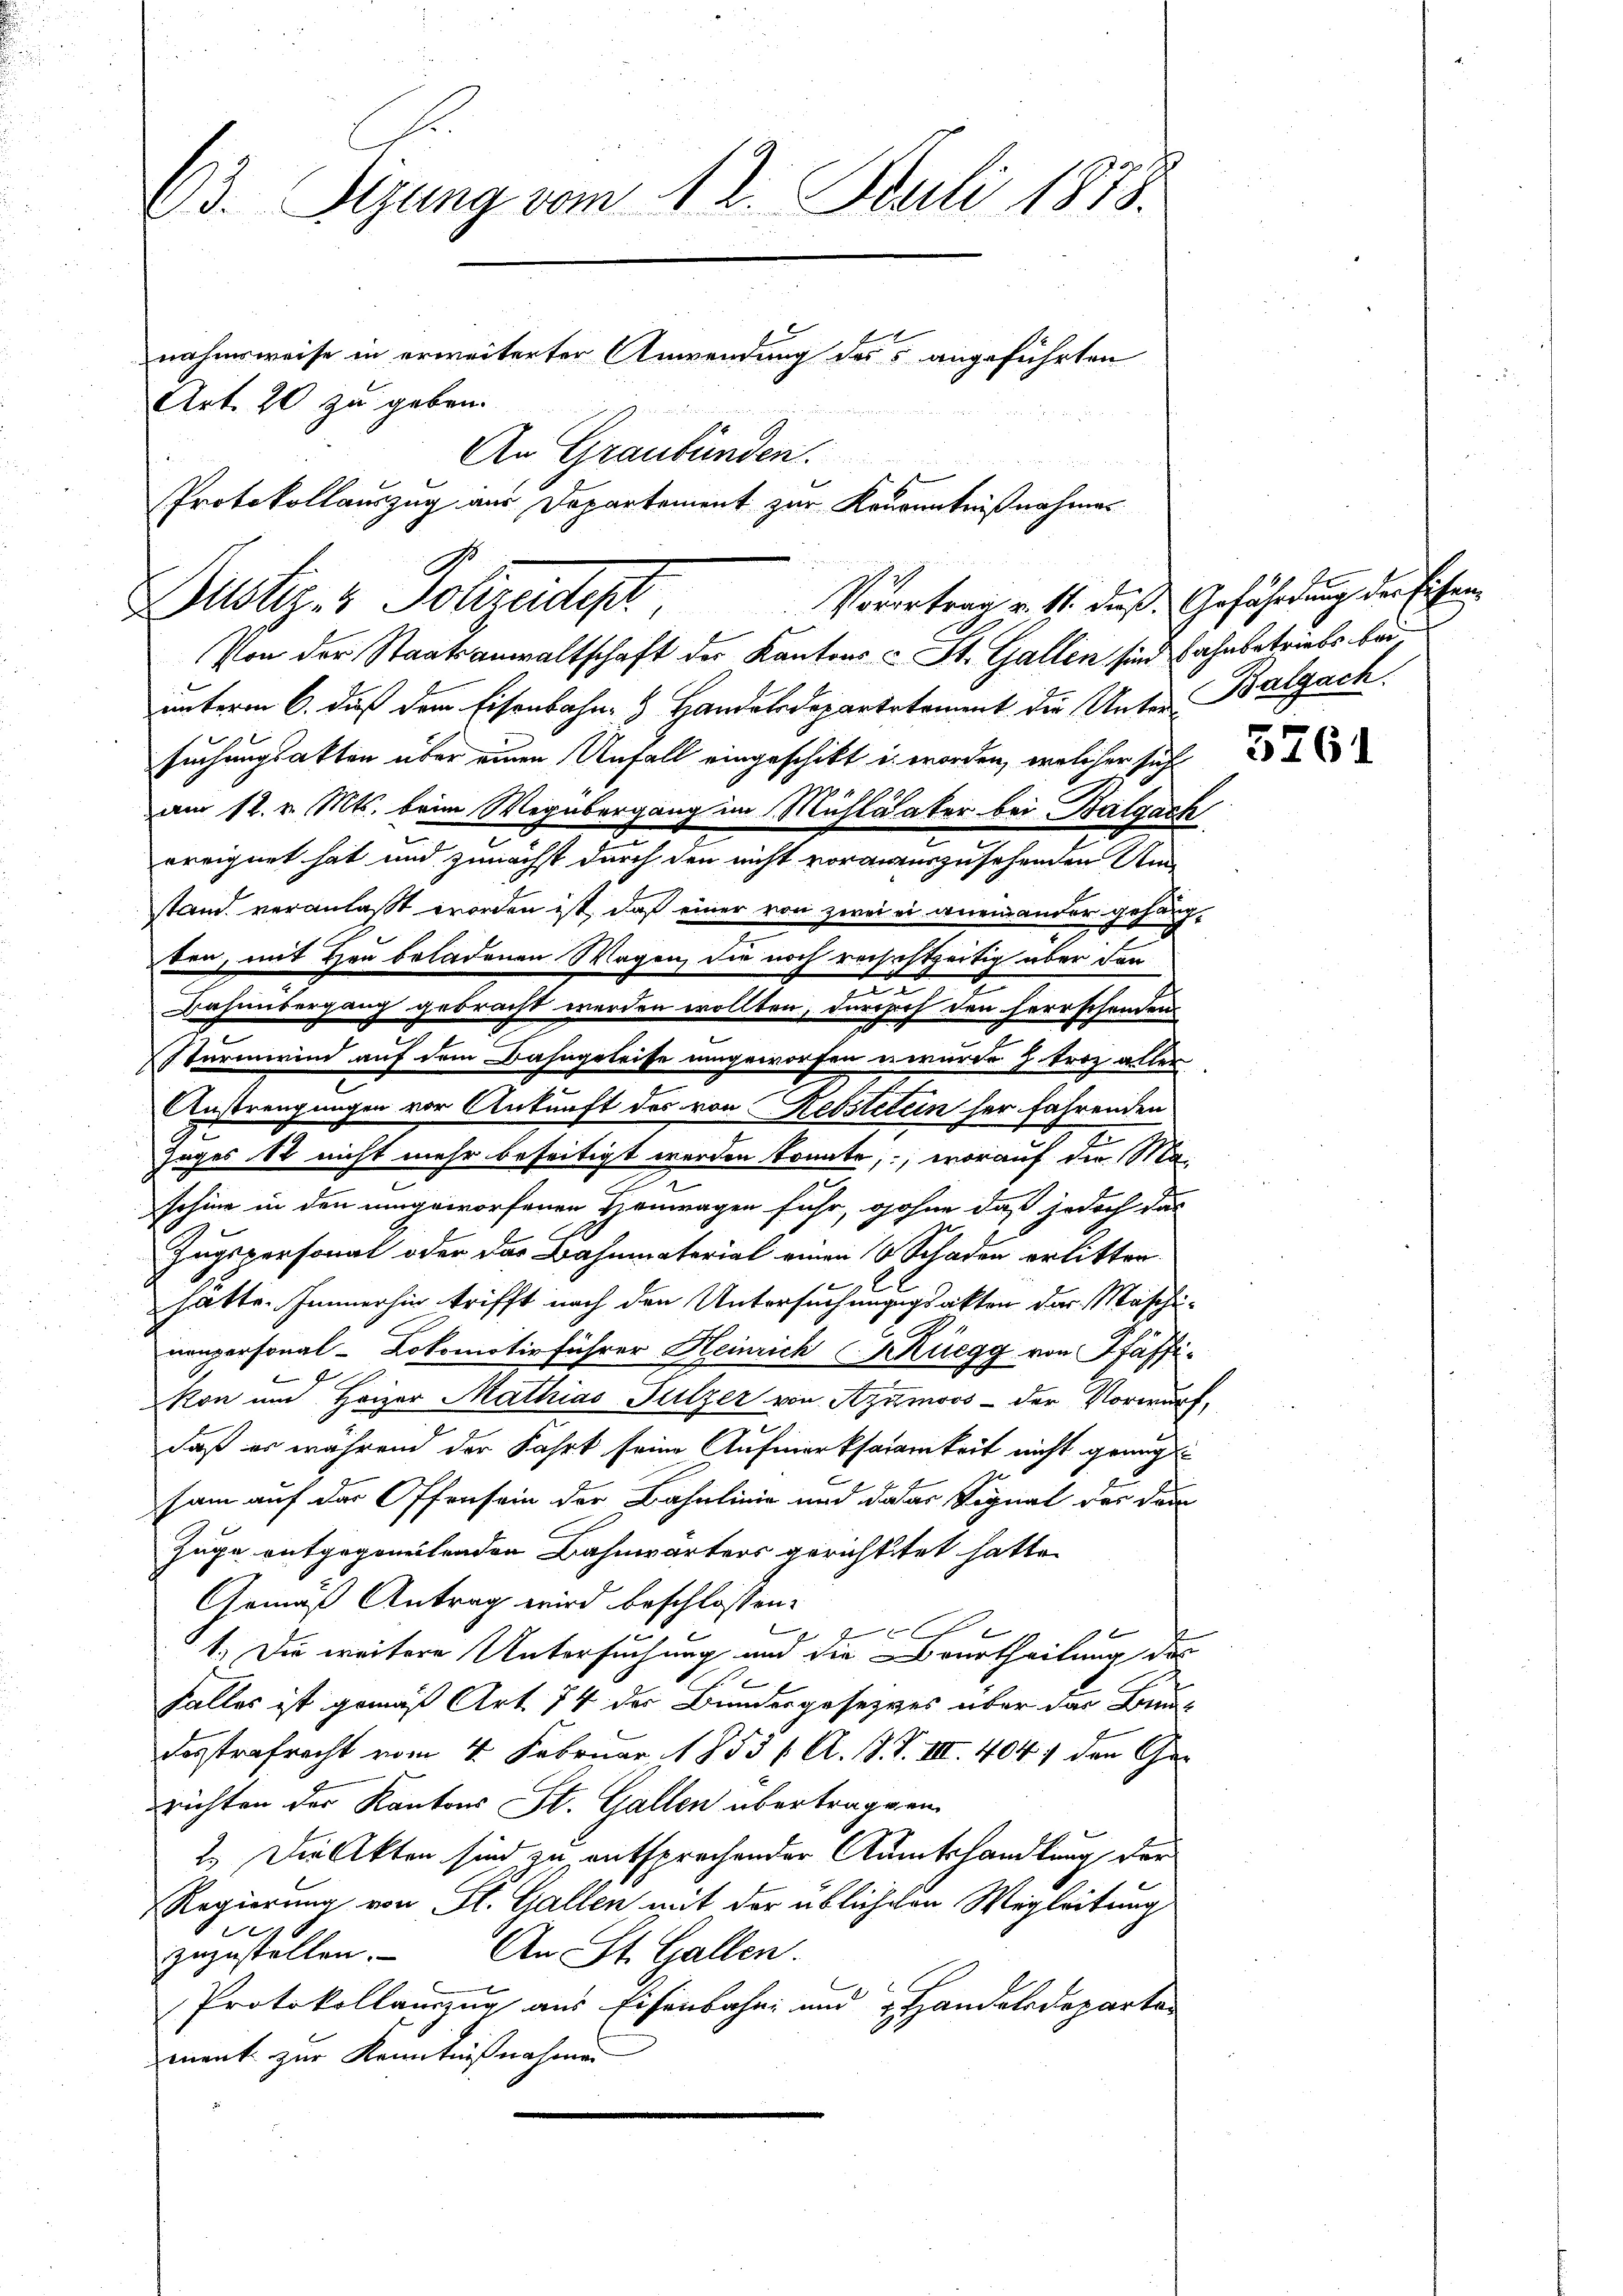
63. Sizung vom 12. Juli 1873.
nahmsweise in erweiterter Anwendung des angeführten
Art. 20 zu geben.
An Graubünden.
Protokollauszug aus Departement zur Kenntnißnahmes

Dustiz- & Polizeidigt,

Vorortrag v. 11. dieß Gefährdung der Eichen
Von der Staatsanwaltschaft der Kantons - St. Gallen sind fahnbetriebs bei

unterm 6. daß dem Eisenbahn- & Handelsdepartstament die Unter Balgach.
suchungsakten über einen Unfall eingeschikt in worden, welcher sich
am 12. v. Mts. beim Wegübergang im Michlvater bei Balgack
ereignet hat und zunächst durch den nicht vorauszusehenden Um-
stand veranlaßt worden ist, daß einer von zwei ei aneinander gehängten, mit Hrn beladenen Wagen, die noch reisestzeitig über der
Bahnübergang gebracht werden wollten, durch den herrschenden
d
Sturmwind auf dem Bahngeleisse umgeworfen er wurde. H. Trotz aller
Anstrengungen vor Ankunft des von Rebsteten her fahrenden
Zages 18 nicht mehr beseitigt werden könnte, worauf die Ma-
Jschine in den umgeworfenen Heinragen fuhr, ohne daß jedoch das
Zugspersonal oder das Bahnmaterial einen 8 Schaden erlitten.
hatte. Immerhin trifft nach den Untersuchungsakten das Maschi¬
.
nonpersonal-Lokomotivführer Heinrich Ruegg von Pfäffi¬
Ron und Heizer Mathias Sulzer von Azumoos - der Vorwurf,
daß es während der Fahrt seine Aufmerksamkeit nicht genug
sam auf der Offensein der Bahnlinie und dasar Signal der dem
Zuge entgegeneitenden Bahnwärters gerichttet hatte.
Gemäß Antrag wird beschlossen:
b
x
f
1.) Die weitere Untersuchung und die Beurtheilung des
Falles ist gemäß Art. 74 der Bundesgesezes über das Bundesstrafrecht vom 4. Februar 1853 / A. B. S. III. 4041 den Gerichten der Kantons St. Gallen übertragen
2.) Die Akten sind zu entsprechender Amtshandlung der
Regierung von Fl. Gallen mit der üblichen Wegleitung
1
zuzustellen. An St. Gallen.
Protokollauszug aus Eisenbahn und Handelsdeparten
ment zur Kenntnißnahmen

5261